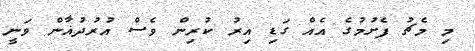
މި މެޗު ފެށުމުގެ އެއް ގަޑި އިރު ކުރިން ވެސް އުރުދުޣާން ވަނީ